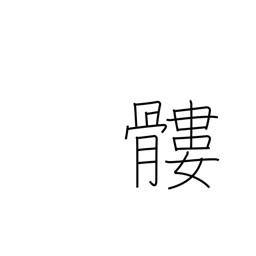
Meaning: skull